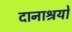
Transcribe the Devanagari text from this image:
दानाश्रयों